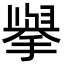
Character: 𭢅